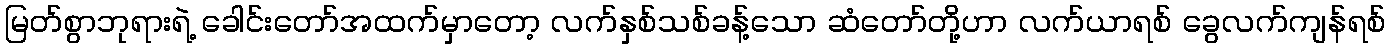
မြတ်စွာဘုရားရဲ့ ခေါင်းတော်အထက်မှာတော့ လက်နှစ်သစ်ခန့်သော ဆံတော်တို့ဟာ လက်ယာရစ် ခွေလက်ကျန်ရစ်